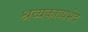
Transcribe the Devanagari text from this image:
श्रव्यकाव्यभेद